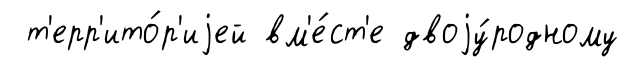
т'ерр'ито́р'иjей вм'е́ст'е двоjу́родному